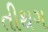
તીથગ